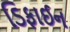
ડિફાઈન